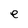
Character: e